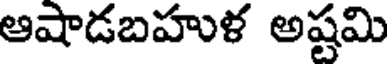
ఆషాడబహుళ అష్టమి